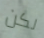
لكن